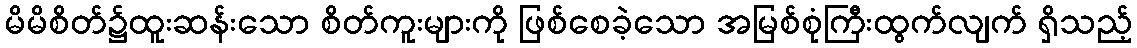
မိမိစိတ်၌ထူးဆန်းသော စိတ်ကူးများကို ဖြစ်စေခဲ့သော အမြစ်စုံကြီးထွက်လျက် ရှိသည့်